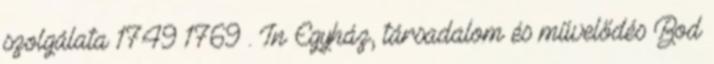
szolgálata 1749–1769 . In Egyház, társadalom és művelődés Bod